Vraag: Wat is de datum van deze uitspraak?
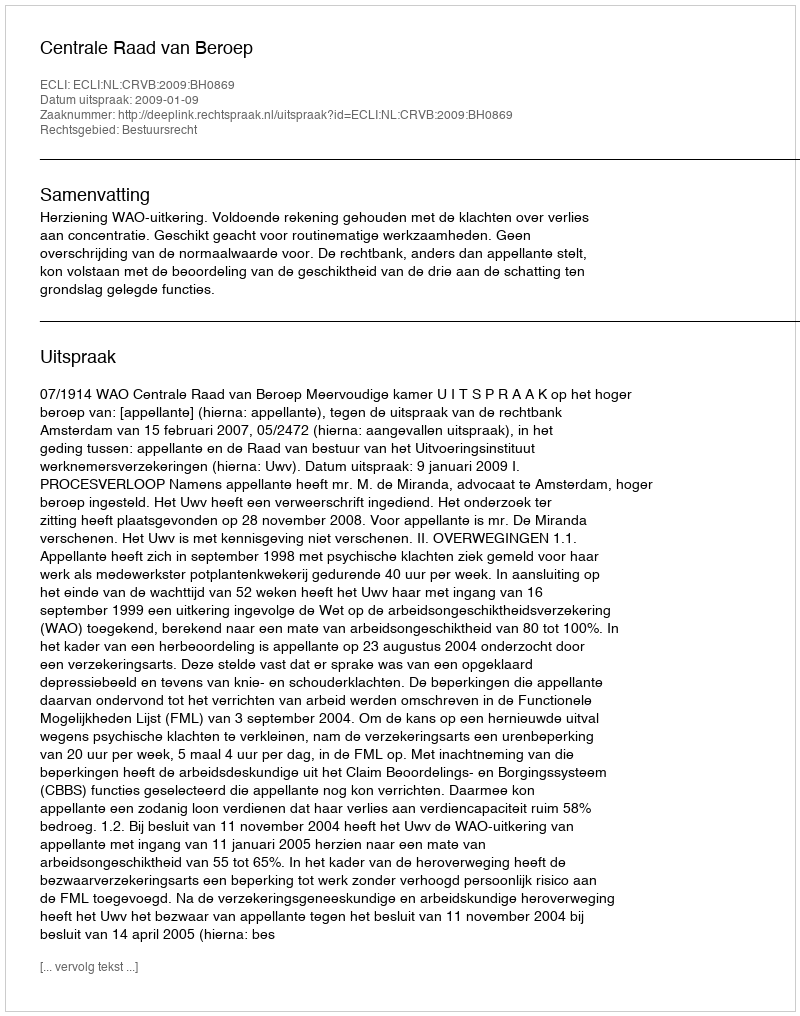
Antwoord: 2009-01-09